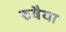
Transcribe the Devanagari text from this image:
रुबैया